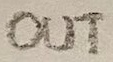
Text: OUT